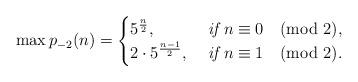
LaTeX: \begin{align*}\max p_{-2}(n)=\begin{cases}5^{\frac{n}{2}},\ &\emph{if}~n\equiv0\pmod{2}, \cr 2\cdot5^{\frac{n-1}{2}},\ &\emph{if}~n\equiv1\pmod{2}.\end{cases}\end{align*}